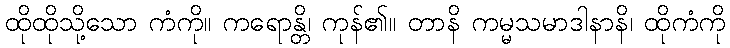
ထိုထိုသို့သော ကံကို။ ကရောန္တိ၊ ကုန်၏။ တာနိ ကမ္မသမာဒါနာနိ၊ ထိုကံကို